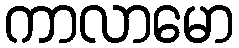
ကာလာမော